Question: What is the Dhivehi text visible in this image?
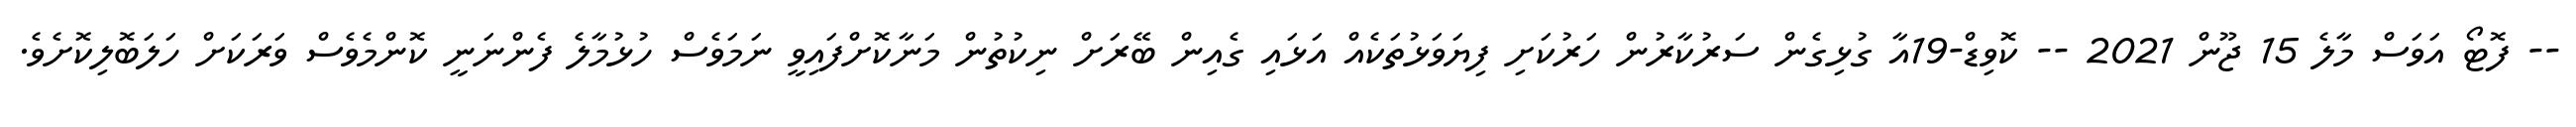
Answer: -- ފޮޓޯ އަވަސް މާލެ 15 ޖޫން 2021 -- ކޮވިޑް-19އާ ގުޅިގެން ސަރުކާރުން ހަރުކަށި ފިޔަވަޅުތަކެއް އަޅައި ގެއިން ބޭރަށް ނިކުތުން މަނާކޮށްފައިވީ ނަމަވެސް ހުޅުމާލެ ފެންނަނީ ކޮންމެވެސް ވަރަކަށް ހަލަބޮލިކޮށެވެ.